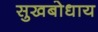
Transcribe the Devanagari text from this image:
सुखबोधाय